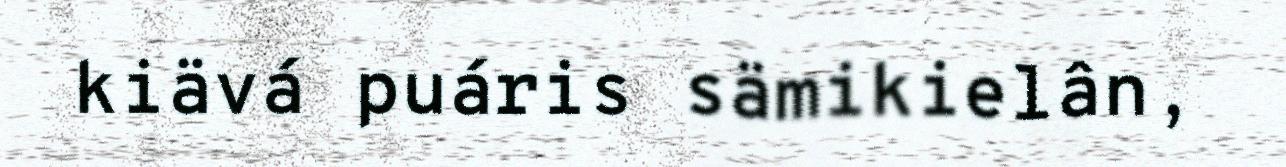
kiävá puáris sämikielân,